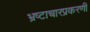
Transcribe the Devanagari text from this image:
भ्रष्टाचारप्रकरणी